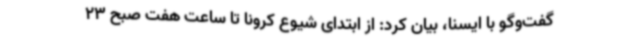
گفت‌وگو با ایسنا، بیان کرد: از ابتدای شیوع کرونا تا ساعت هفت صبح 23